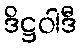
ဒိဋ္ဌဝါဒီ